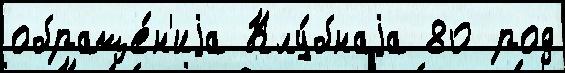
обраще́н'иjа Клу́бнаjа 80 род